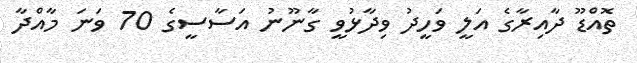
ތޮއްޑޫ ދާއިރާގެ އަލީ ވަހީދު ވިދާޅުވީ ގާނޫނު އަސާސީގެ 70 ވަނަ މާއްދާ